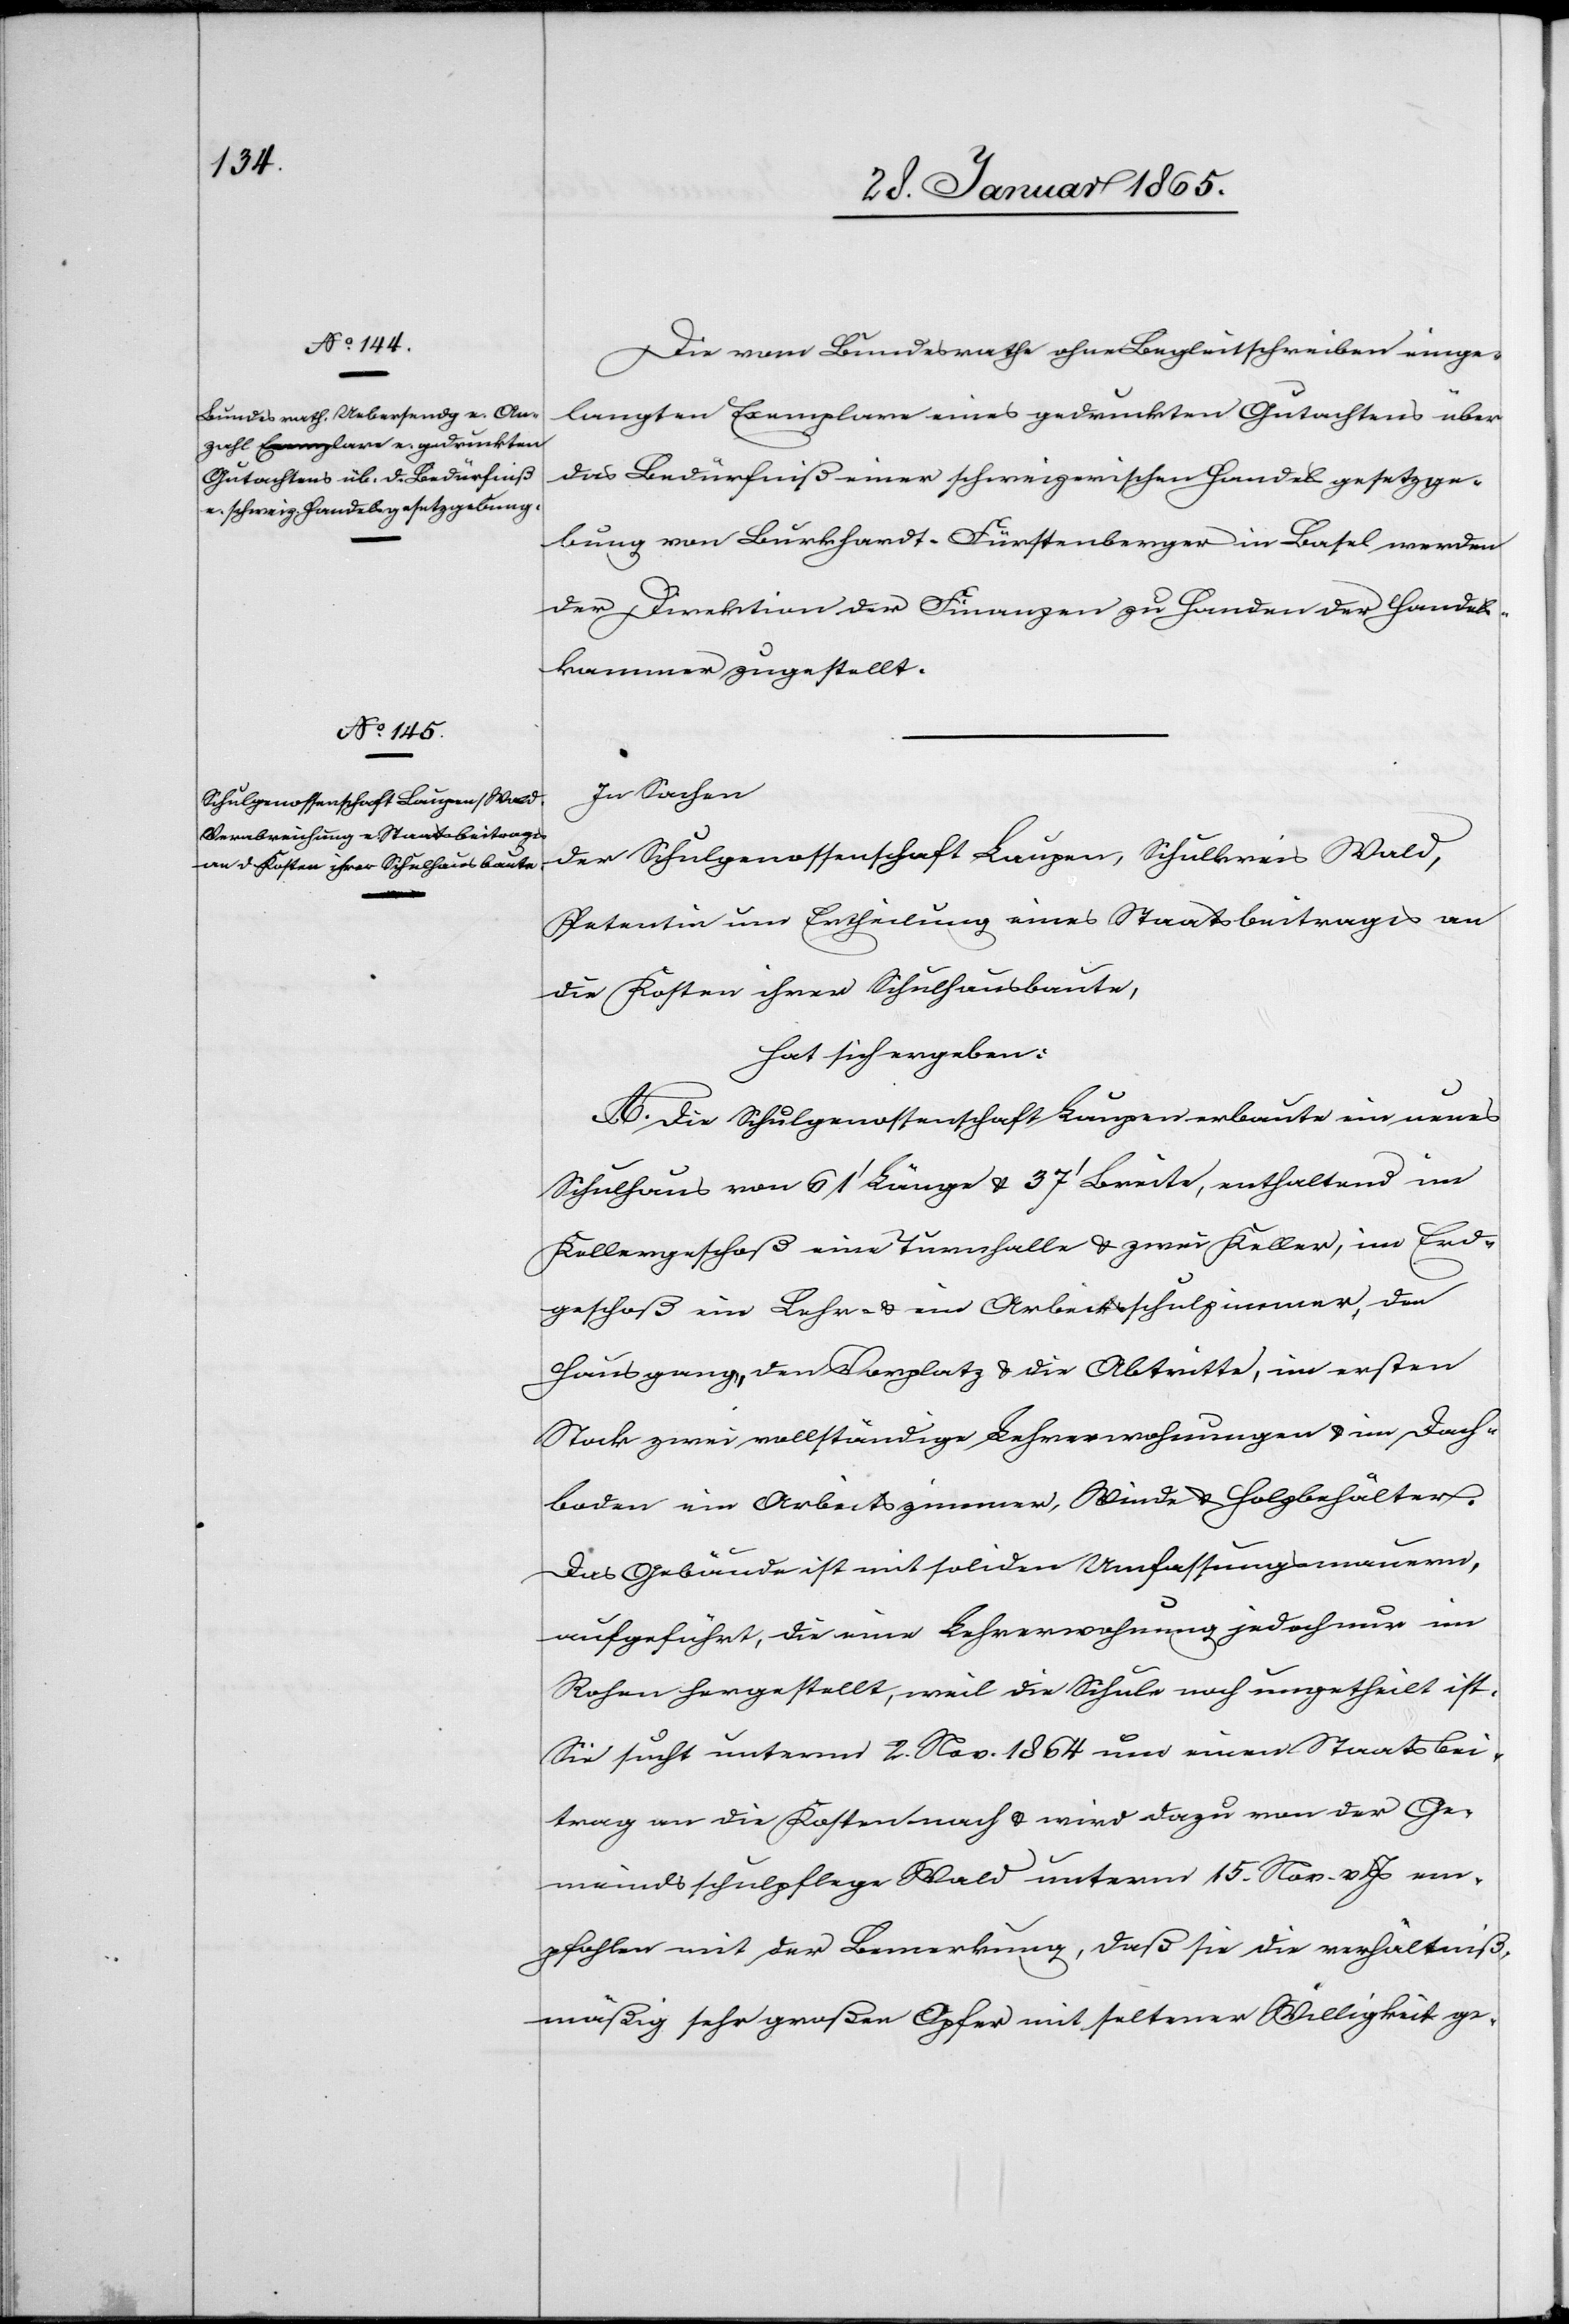
Die vom Bundesrathe ohne Begleitschreiben einge¬
langten Exemplare eines gedruckten Gutachtens über
das Bedürfniß einer schweizerischen Handelsgesetzge¬
bung von Burkhardt-Fürstenberger in Basel werden
der Direktion der Finanzen zu Handen der Handels¬
kammer zugestellt.
In Sachen
der Schulgenossenschaft Laupen, Schulkreis Wald,
Petentin um Ertheilung eines Staatsbeitrages an
die Kosten ihrer Schulhausbaute,
hat sich ergeben:
A. Die Schulgenossenschaft Laupen erbaute ein neues
Schulhaus von 61’ Länge u. 37’ Breite, enthaltend im
Kellergeschoß eine Turnhalle u. zwei Keller, im Erd¬
geschoß ein Lehr- u. ein Arbeitsschulzimmer, den
Hausgang, den Vorplatz u. die Abtritte, im ersten
Stock zwei vollständige Lehrerwohnungen u. im Dach¬
boden ein Arbeitszimmer, Winde u. Holzbehälter.
Das Gebäude ist mit soliden Umfassungsmauern,
aufgeführt, die eine Lehrerwohnung jedoch nur im
Rohen hergestellt, weil die Schule noch ungetheilt ist.
Sie sucht unterm 2. Nov. 1864 um einen Staatsbei¬
trag an die Kosten nach u. wird dazu von der Ge¬
meindsschulpflege Wald unterm 15. Nov. v. Js em¬
pfohlen mit der Bemerkung, daß sie die verhältniß¬
mäßig sehr großen Opfer mit seltener Willigkeit ge-